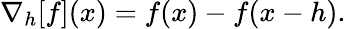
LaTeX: \nabla_{h}[f](x)=f(x)-f(x-h).